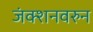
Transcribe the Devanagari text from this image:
जंक्शनवरुन